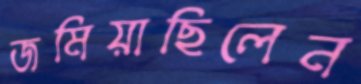
জমিয়াছিলেন